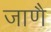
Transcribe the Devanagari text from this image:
जाणै